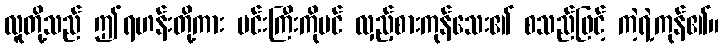
လူတို့သည် ဤရဟန်းတို့ကား မင်းကြီးကိုပင် လှည့်စားကုန်သေး၏ စသည်ဖြင့် ကဲ့ရဲ့ကုန်၏။